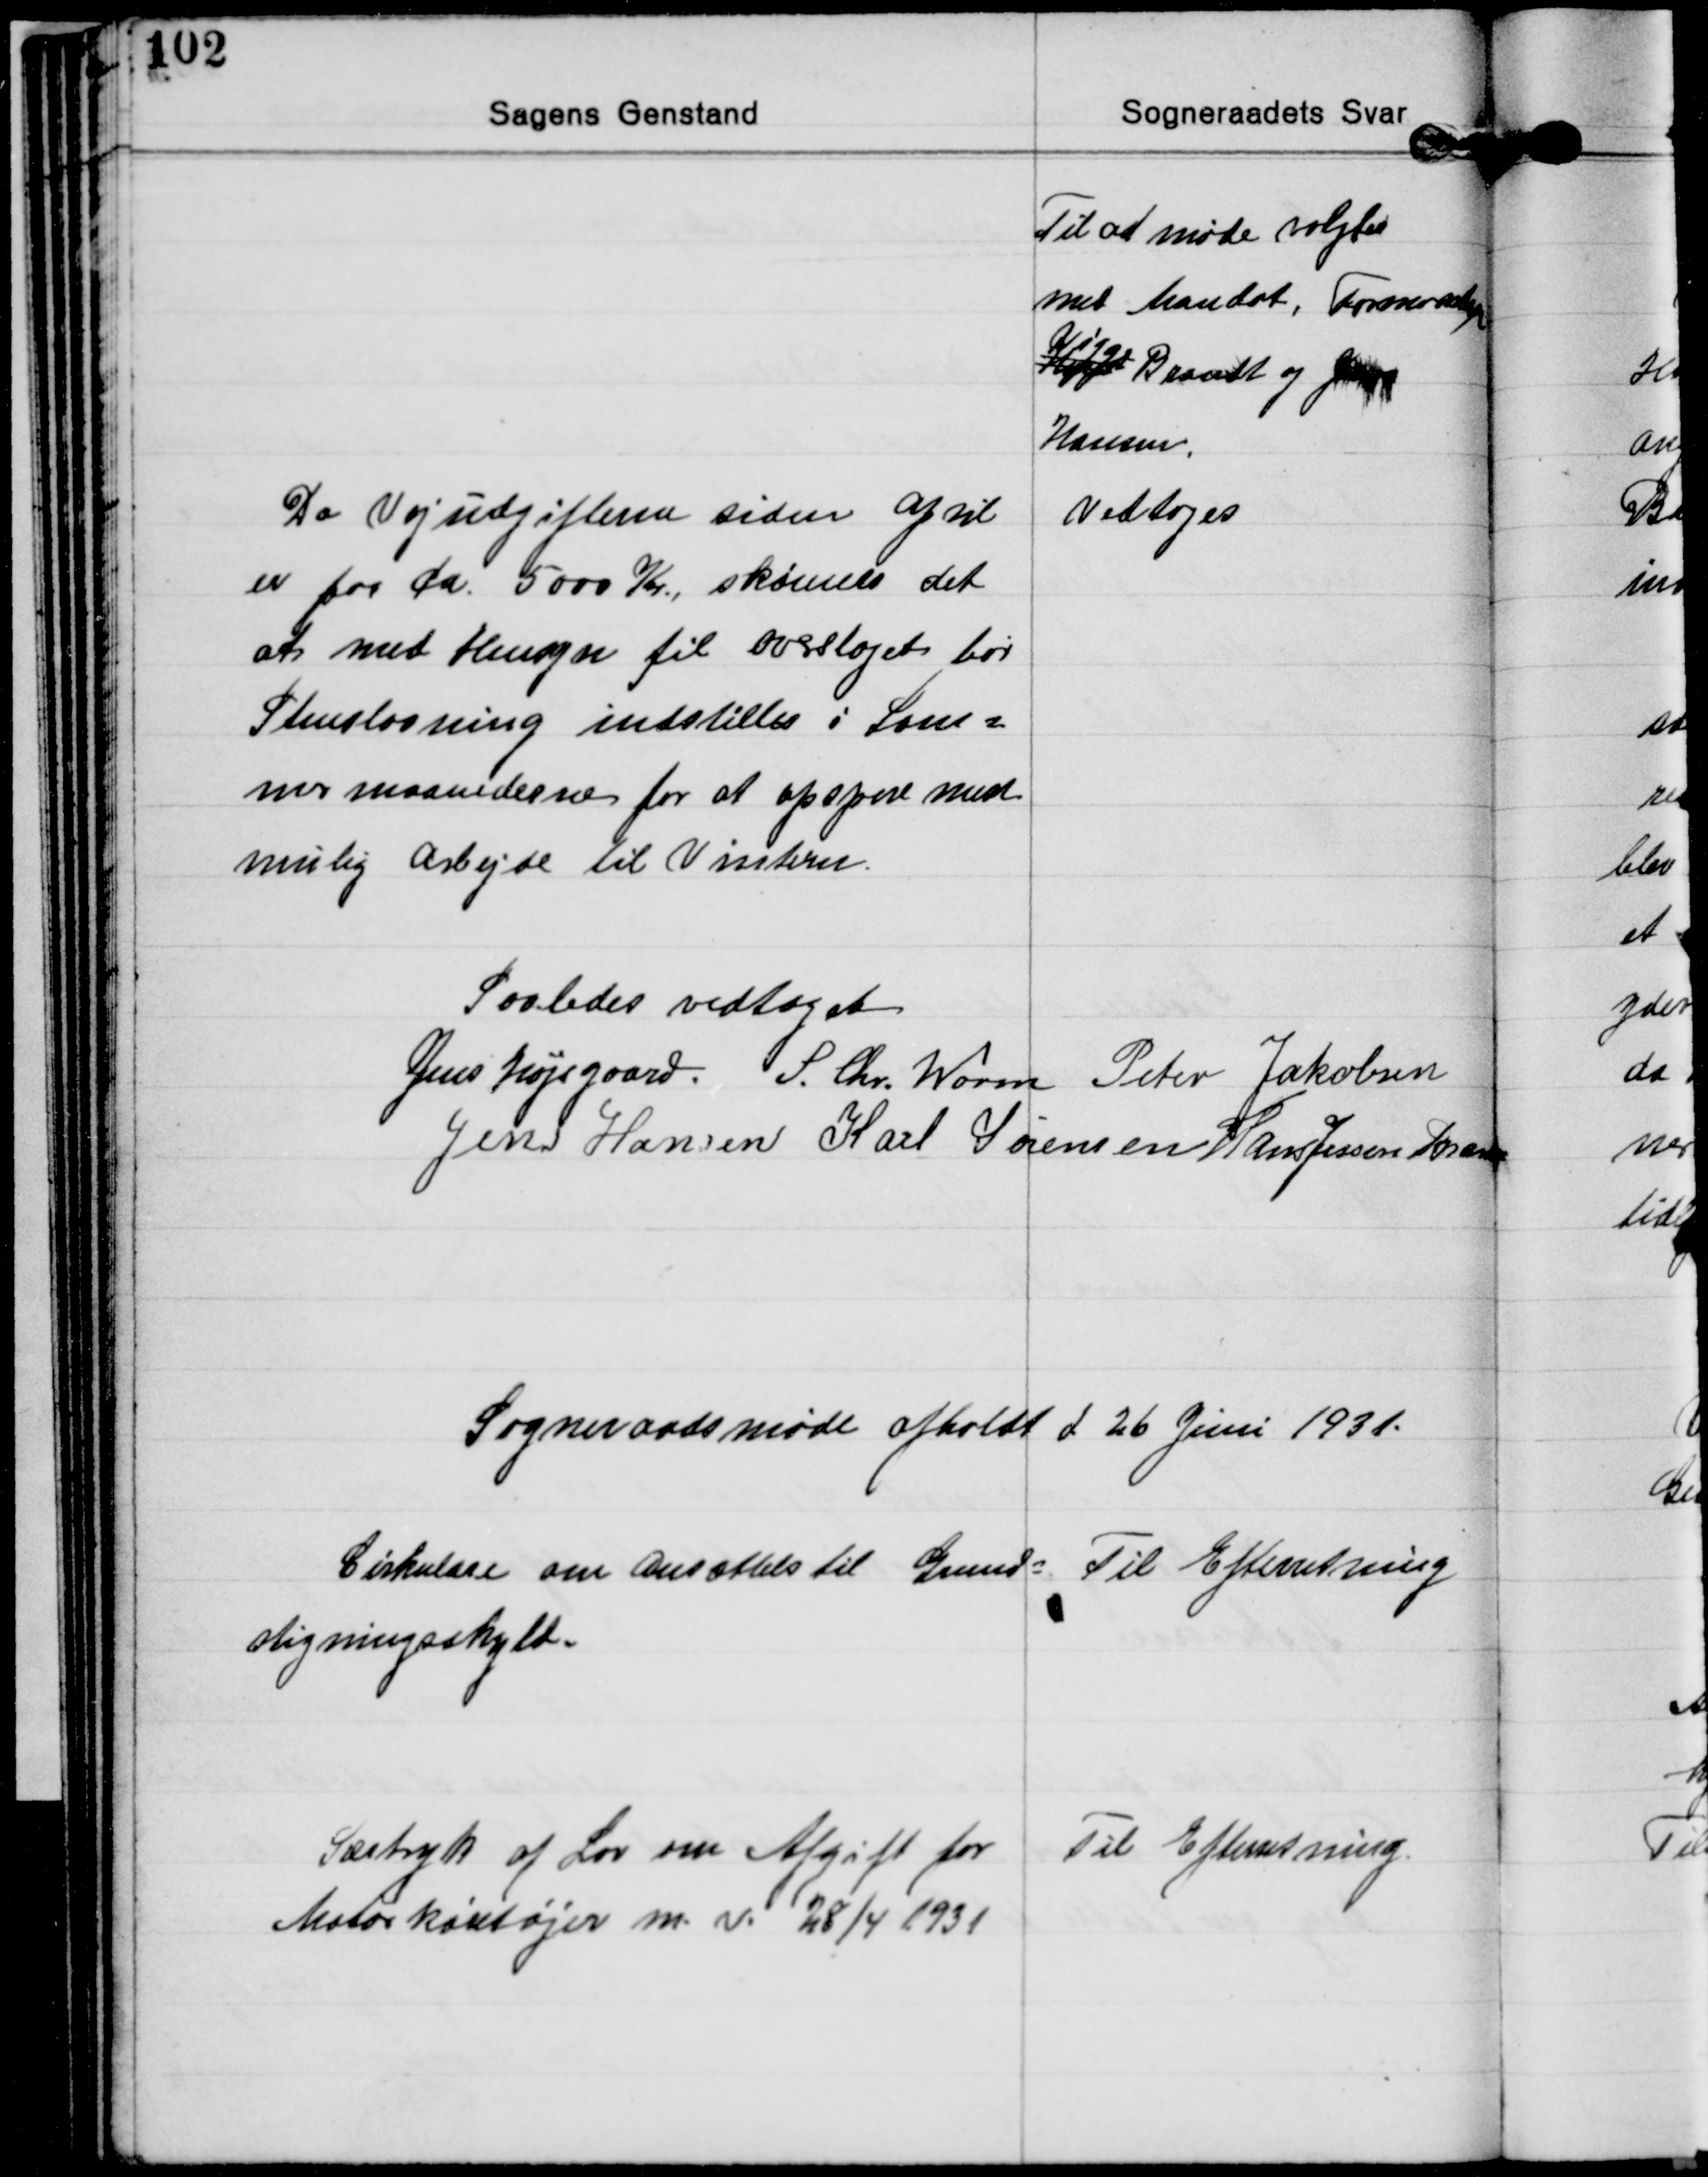
Transskription:
Til at møde valgtes
med Mandat, Formanden
Hjt Brandt og Jens
Viggo
Hansen.

Da Vejudgifterne siden April
er paar ca. 5000 Kr, skønnes det
at med Hensyn til overslaget bør
Stenslaaning indstilles i Som-
mermaanederne for at opspare med
mulig Arbejde til Vinteren.

Vedtoges

Saaledes vedtaget
Jens Højsgaard S. Chr. Worm Peter Jakobsen
Jens Hansen Karl Sørensen Hans Jessen Brandt

Sogneraadsmøde afholdt d 26 Juni 1931

Cirkulære om Ansættels til Grund-
stigningsskyld.

Til Efterretning

Særtryk af Lov om Afgift for
Motorkøretøjer m. v. 28/4 1931

Til Efterretning.